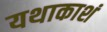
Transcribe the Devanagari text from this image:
यथाकाशं